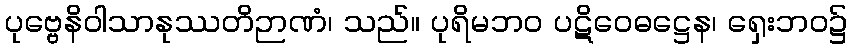
ပုဗ္ဗေနိဝါသာနုဿတိဉာဏံ၊ သည်။ ပုရိမဘဝ ပဋိဝေဓဋ္ဌေန၊ ရှေးဘဝ၌